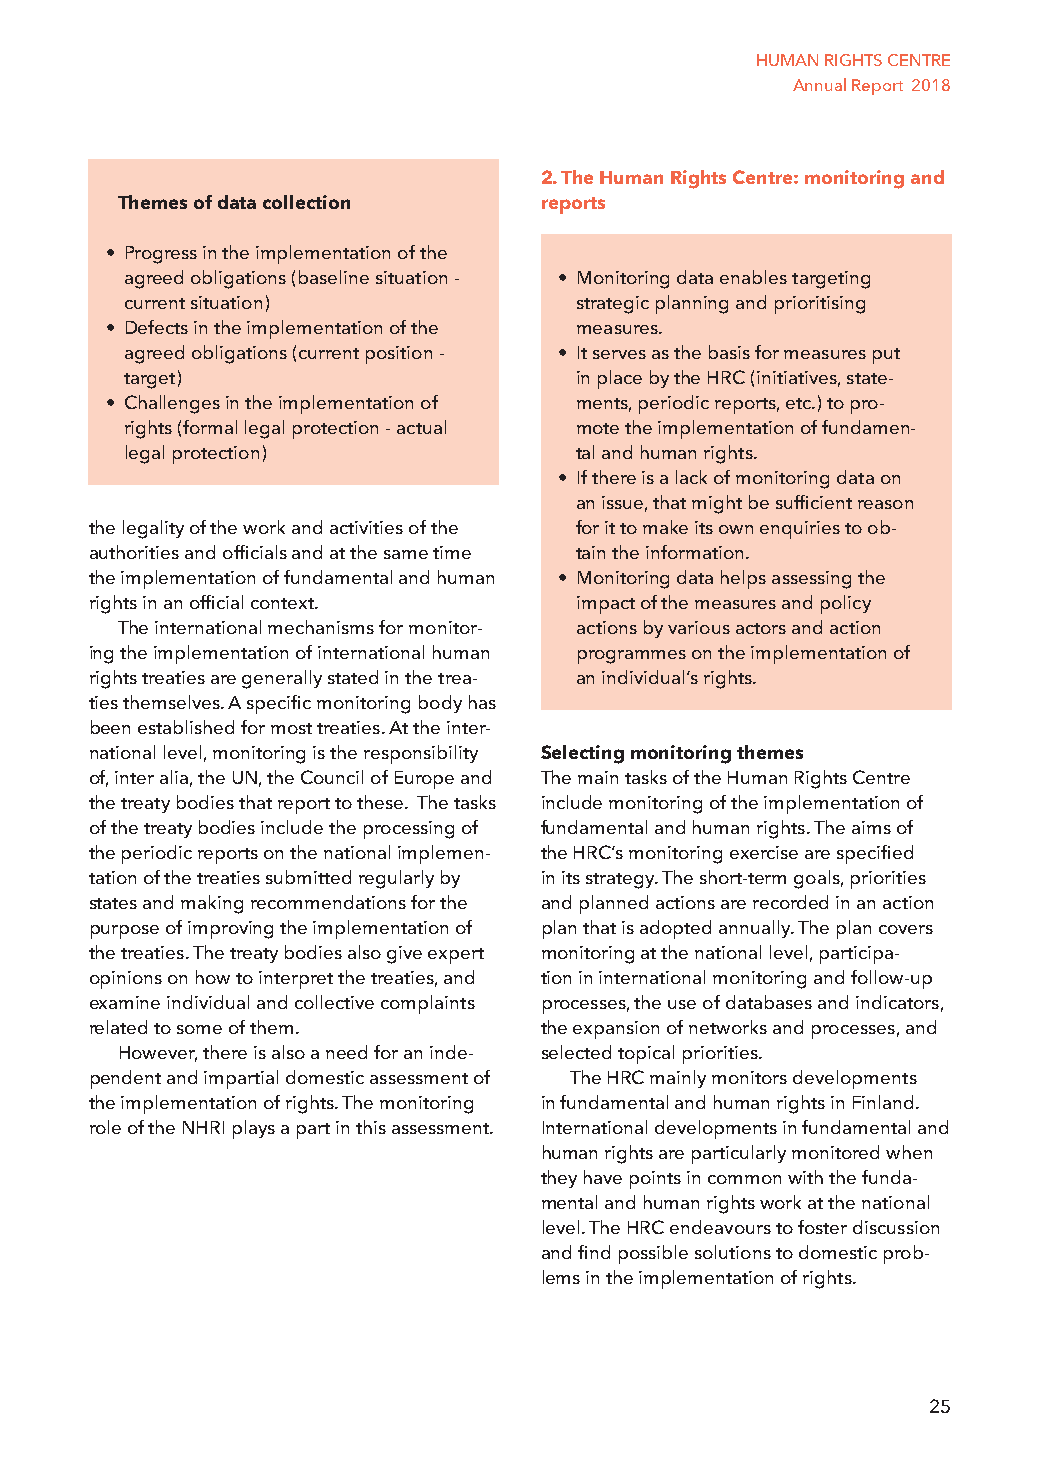
HUMAN RIGHTS CENTRE
 Annual Report 2018
 2. The Human Rights Centre: monitoring and
 Themes of data collection   reports
 • Progress in the implementation of the
 agreed obligations (baseline situation - • Monitoring data enables targeting
 current situation)            strategic planning and prioritising
 • Defects in the implementation of the measures.
 agreed obligations (current position - • It serves as the basis for measures put
 target)                       in place by the HRC (initiatives, state-
 • Challenges in the implementation of ments, periodic reports, etc.) to pro-
 rights (formal legal protection - actual mote the implementation of fundamen-
 legal protection)             tal and human rights.
 • If there is a lack of monitoring data on
 an issue, that might be sufficient reason
 the legality of the work and activities of the for it to make its own enquiries to ob-
 authorities and officials and at the same time tain the information.
 the implementation of fundamental and human • Monitoring data helps assessing the
 rights in an official context.  impact of the measures and policy
 The international mechanisms for monitor- actions by various actors and action
 ing the implementation of international human programmes on the implementation of
 rights treaties are generally stated in the trea- an individual’s rights.
 ties themselves. A specific monitoring body has
 been established for most treaties. At the inter-
 national level, monitoring is the responsibility Selecting monitoring themes
 of, inter alia, the UN, the Council of Europe and The main tasks of the Human Rights Centre
 the treaty bodies that report to these. The tasks include monitoring of the implementation of
 of the treaty bodies include the processing of fundamental and human rights. The aims of
 the periodic reports on the national implemen- the HRC’s monitoring exercise are specified
 tation of the treaties submitted regularly by in its strategy. The short-term goals, priorities
 states and making recommendations for the and planned actions are recorded in an action
 purpose of improving the implementation of plan that is adopted annually. The plan covers
 the treaties. The treaty bodies also give expert monitoring at the national level, participa-
 opinions on how to interpret the treaties, and tion in international monitoring and follow-up
 examine individual and collective complaints processes, the use of databases and indicators,
 related to some of them.      the expansion of networks and processes, and
 However, there is also a need for an inde- selected topical priorities.
 pendent and impartial domestic assessment of The HRC mainly monitors developments
 the implementation of rights. The monitoring in fundamental and human rights in Finland.
 role of the NHRI plays a part in this assessment. International developments in fundamental and
 human rights are particularly monitored when
 they have points in common with the funda-
 mental and human rights work at the national
 level. The HRC endeavours to foster discussion
 and find possible solutions to domestic prob-
 lems in the implementation of rights.
 25